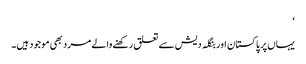
‘
یہاں پر پاکستان اور بنگلہ دیش سے تعلق رکھنے والے مرد بھی موجود ہیں۔